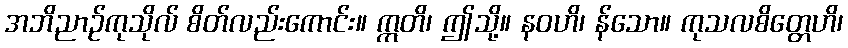
အဘိညာဉ်ကုသိုလ် စိတ်လည်းကောင်း။ ဣတိ၊ ဤသို့။ နဝဟိ၊ န်သော။ ကုသလစိတ္တေဟိ၊